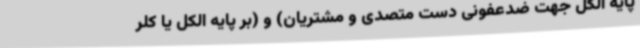
پایه الکل جهت ضدعفونی دست متصدی و مشتریان) و (بر پایه الکل یا کلر